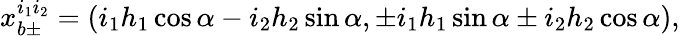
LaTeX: x_{b\pm}^{i_{1}i_{2}}=(i_{1}h_{1}\cos\alpha-i_{2}h_{2}\sin\alpha,\pm i_{1}h_{1}\sin\alpha\pm i_{2}h_{2}\cos\alpha),